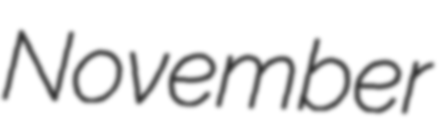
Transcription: November